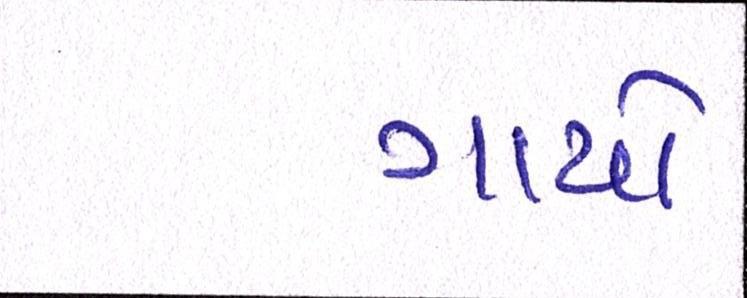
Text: ગાયો